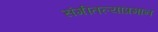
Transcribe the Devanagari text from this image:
संगीतल्याप्रमान